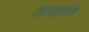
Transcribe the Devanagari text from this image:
तारातंत्र